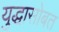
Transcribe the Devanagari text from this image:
युद्धासोबत